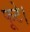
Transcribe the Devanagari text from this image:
फूटे।